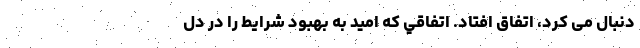
دنبال می کرد، اتفاق افتاد. اتفاقي كه اميد به بهبود شرايط را در دل